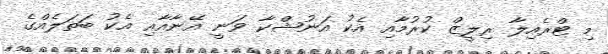
މި ޓްރެއިލާ ރިލީޒް ކުރުމާއި އެކު އަނުޝްކާ ވަނީ އޭނާއާއި އެކު ބަތަލެއްގެ